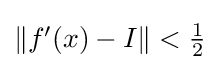
{\textstyle \|f'(x)-I\|<{1 \over 2}}